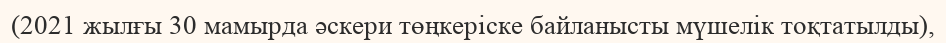
(2021 жылғы 30 мамырда әскери төңкеріске байланысты мүшелік тоқтатылды),